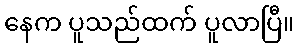
နေက ပူသည်ထက် ပူလာပြီ။